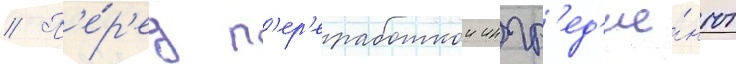
// П'е́р'ед п'ер'еработкои ингр'ед'ие́нты